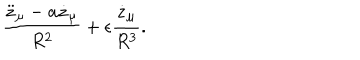
{ \frac { \ddot { z } _ { \mu } - a \dot { z } _ { \mu } } { R ^ { 2 } } } + \epsilon { \frac { \dot { z } _ { \mu } } { R ^ { 3 } } } .